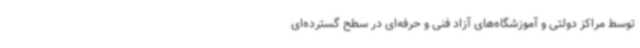
توسط مراکز دولتی و آموزشگاه‌های آزاد فنی و حرفه‌ای در سطح گسترده‌ای